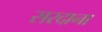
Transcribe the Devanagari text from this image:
सरदाना